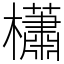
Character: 櫹